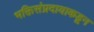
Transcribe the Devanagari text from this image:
भक्तिसंप्रदायाकडून